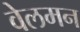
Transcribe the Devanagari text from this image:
वेलमन